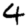
Digit: 4